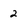
Character: 2